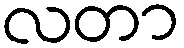
လတာ